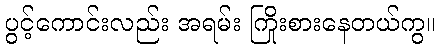
ပွင့်ကောင်းလည်း အရမ်း ကြိုးစားနေတယ်ကွ။